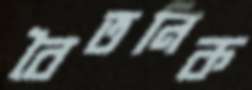
বৈতনিক